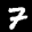
Label: 7